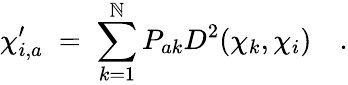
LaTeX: \chi_{i,a}^{\prime}\; =\; \sum_{k=1}^{\mathbb{N}}P_{ak}D^{2}(\mathbf{{\chi}}_{k},\mathbf{{\chi}}_{i})\quad.